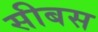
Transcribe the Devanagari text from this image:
सीबस